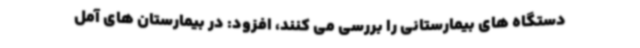
دستگاه های بیمارستانی را بررسی می کنند، افزود: در بیمارستان های آمل